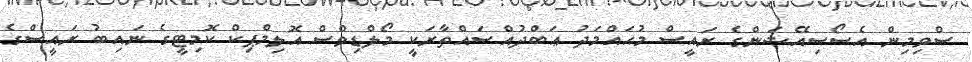
ސްވިމިން އެސޯސިއޭޝަންގެ ރައީސް މުޙައްމަދު ޢަބްދުއްސައްތާރަކީ މޯލްޑިވްސް އޮލިމްޕިކް ކޮމިޓީގެ ނައިބު ރައީސްގެ